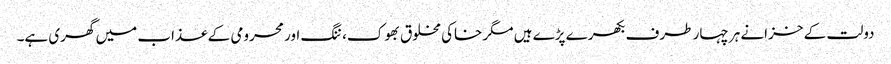
دولت کے خزانے ہر چہار طرف بکھرے پڑے ہیں مگر خاکی مخلوق بھوک، ننگ اور محرومی کے عذاب میں گھری ہے۔